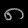
Digit: ၈